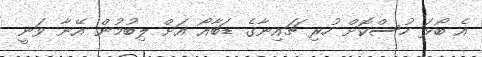
އެ ބޯޅަ ހުސްކޮށް ހުރި ޗައިނާގެ ޑަބާއޯ އަށް ލިބުމުން އޭނާ ވަނީ